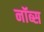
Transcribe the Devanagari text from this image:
नॉब्स